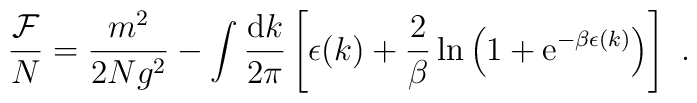
\frac{{\cal F}}{N} = \frac{m^2}{2Ng^2} - \int \frac{{\rm d}k}{2\pi}\left[\epsilon(k)+ \frac{2}{\beta} \ln \left( 1+{\rm e}^{-\beta \epsilon(k)}\right) \right] \ .